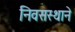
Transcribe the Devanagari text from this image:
निवसस्थाने